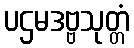
ပဌမဒဗ္ဗသုတ္တံ